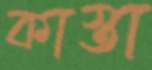
কাস্তা